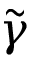
\tilde { \gamma }